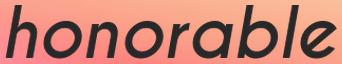
honorable